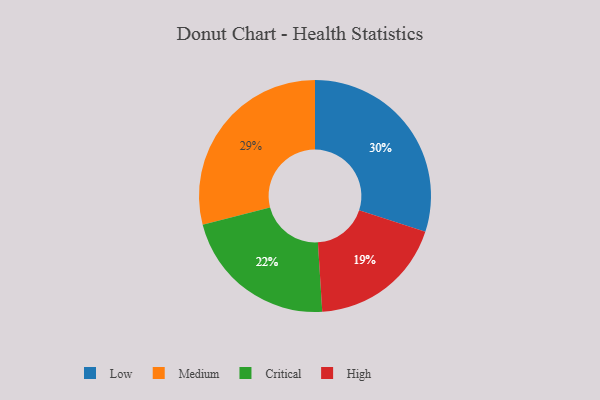
{"axis": {"x": "Category", "y": "Percentage"}, "legend": ["Critical", "High", "Low", "Medium"], "data": [{"x": "Medium", "y": 29, "type": "Medium"}, {"x": "High", "y": 19, "type": "High"}, {"x": "Critical", "y": 22, "type": "Critical"}, {"x": "Low", "y": 30, "type": "Low"}]}